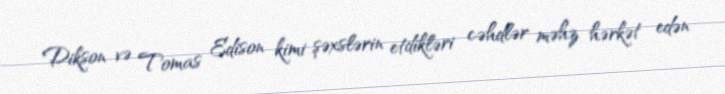
Dikson və Tomas Edison kimi şəxslərin etdikləri cəhdlər məhz hərkət edən